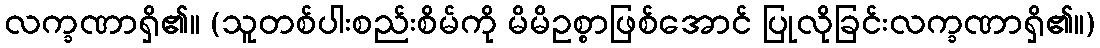
လက္ခဏာရှိ၏။ (သူတစ်ပါးစည်းစိမ်ကို မိမိဥစ္စာဖြစ်အောင် ပြုလိုခြင်းလက္ခဏာရှိ၏။)